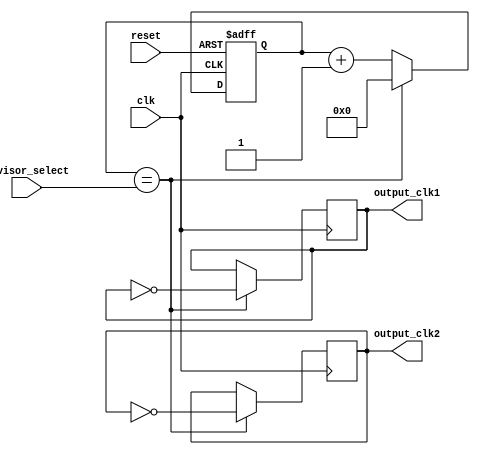
module dual_modulus_clock_divider (
    input clk,
    input reset,
    input divisor_select,
    output reg output_clk1,
    output reg output_clk2
);

reg [3:0] counter;

always @(posedge clk or posedge reset) begin
    if (reset) begin
        counter <= 4'b0000;
    end else begin
        if (counter == divisor_select) begin
            counter <= 4'b0000;
        end else begin
            counter <= counter + 1;
        end
    end
end

always @(posedge clk) begin
    if (counter == divisor_select) begin
        output_clk1 <= ~output_clk1;
        output_clk2 <= ~output_clk2;
    end
end

initial begin
    output_clk1 <= 1'b0;
    output_clk2 <= 1'b1;
end

endmodule